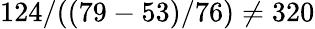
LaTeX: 124/((79-53)/76)\neq 320